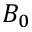
B _ { 0 }